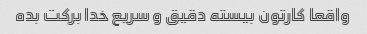
واقعا کارتون بیسته دقیق و سریع خدا برکت بده